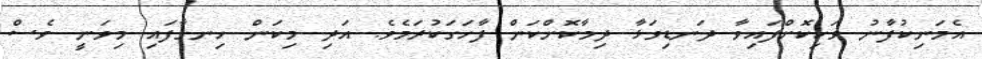
އެމަނިކުފާނު ވަކިކޮށްފައިވާ ދަނޑިވަޅާ ދިމާކޮށްކަން ފާހަގަކުރަމެވެ. އަދި މިކަން ހިނގާފައި މިވަނީ ވެސް